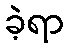
ခဲ့ရာ